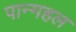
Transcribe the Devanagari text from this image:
पान्महल